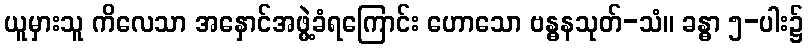
ယူမှားသူ ကိလေသာ အနှောင်အဖွဲ့ခံရကြောင်း ဟောသော ဗန္ဓနသုတ်-သံ။ ခန္ဓာ ၅-ပါး၌